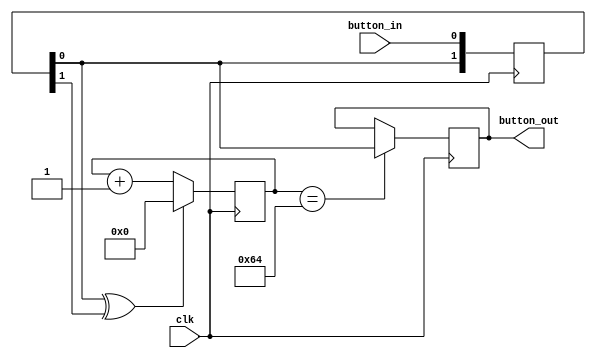
`timescale 1ns / 1ps
 
// 20ms!   
module Counter(
    input clk,
    input button_in,
    output button_out
);

reg [18:0] cnt;                
wire key_clk;
reg out;
reg [1:0] record = 2'b00;

always @ (posedge clk) begin
    record <= {record[0], button_in};
end

assign key_clk = record[0] ^ record[1];

always @(posedge clk) begin
    if(key_clk == 1) begin
        cnt <= 0;
    end
    else begin
        cnt <= cnt + 1'b1;
    end
end

always @(posedge clk) begin
    if(cnt == 1_00) begin
        out <= record[0];
    end
end

assign button_out = out;
endmodule